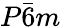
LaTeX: P\bar{6}m